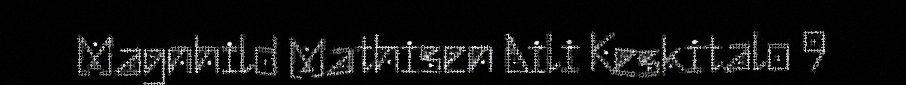
Magnhild Mathisen Aili Keskitalo 9